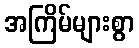
အကြိမ်များစွာ